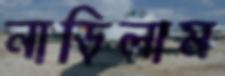
নাড়িলাম